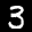
Label: 3